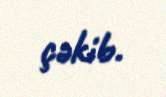
çəkib.